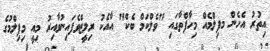
އިތުރު އެހެން މފިލްމެއް މިހާފްތާގައި "ވެލްކަމް ބެކް" އާއެކު ރިލީޒްވެފައިނުވާއިރު މިއީ މިފިލްމުގެ